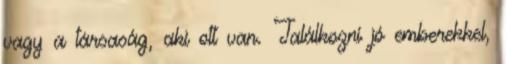
vagy a társaság, aki ott van. Találkozni jó emberekkel,